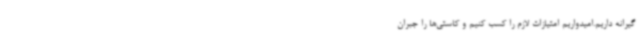
گیرانه داریم.امیدواریم امتیازات لازم را کسب کنیم و کاستی‌ها را جبران